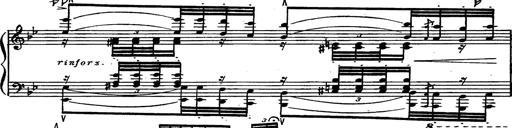
Title: Magyar rapszÃ³diÃ¡k
Composer: Franz Liszt